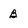
Character: B